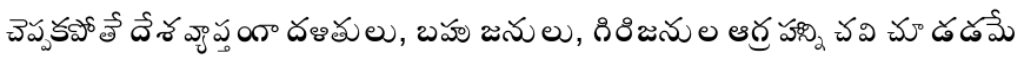
చెప్పకపోతే దేశవ్యాప్తంగా దళితులు, బహుజనులు, గిరిజనుల ఆగ్రహాన్ని చవి చూడడమే